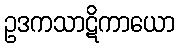
ဥဒကသာဋိကာယော